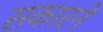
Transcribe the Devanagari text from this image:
सकारने